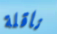
ناقلة